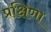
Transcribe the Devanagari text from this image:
प्रक्षिणा